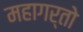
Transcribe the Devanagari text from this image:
महागर्तो